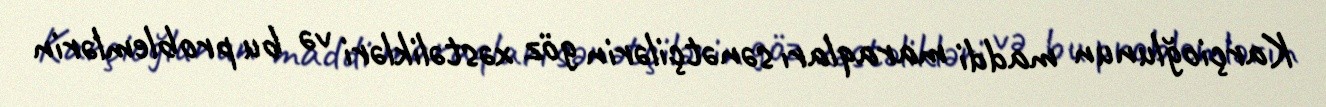
Karçioğlunun maddi maraqları sənətçilərin göz xəstəlikləri və bu problemlərin